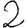
Digit: 2